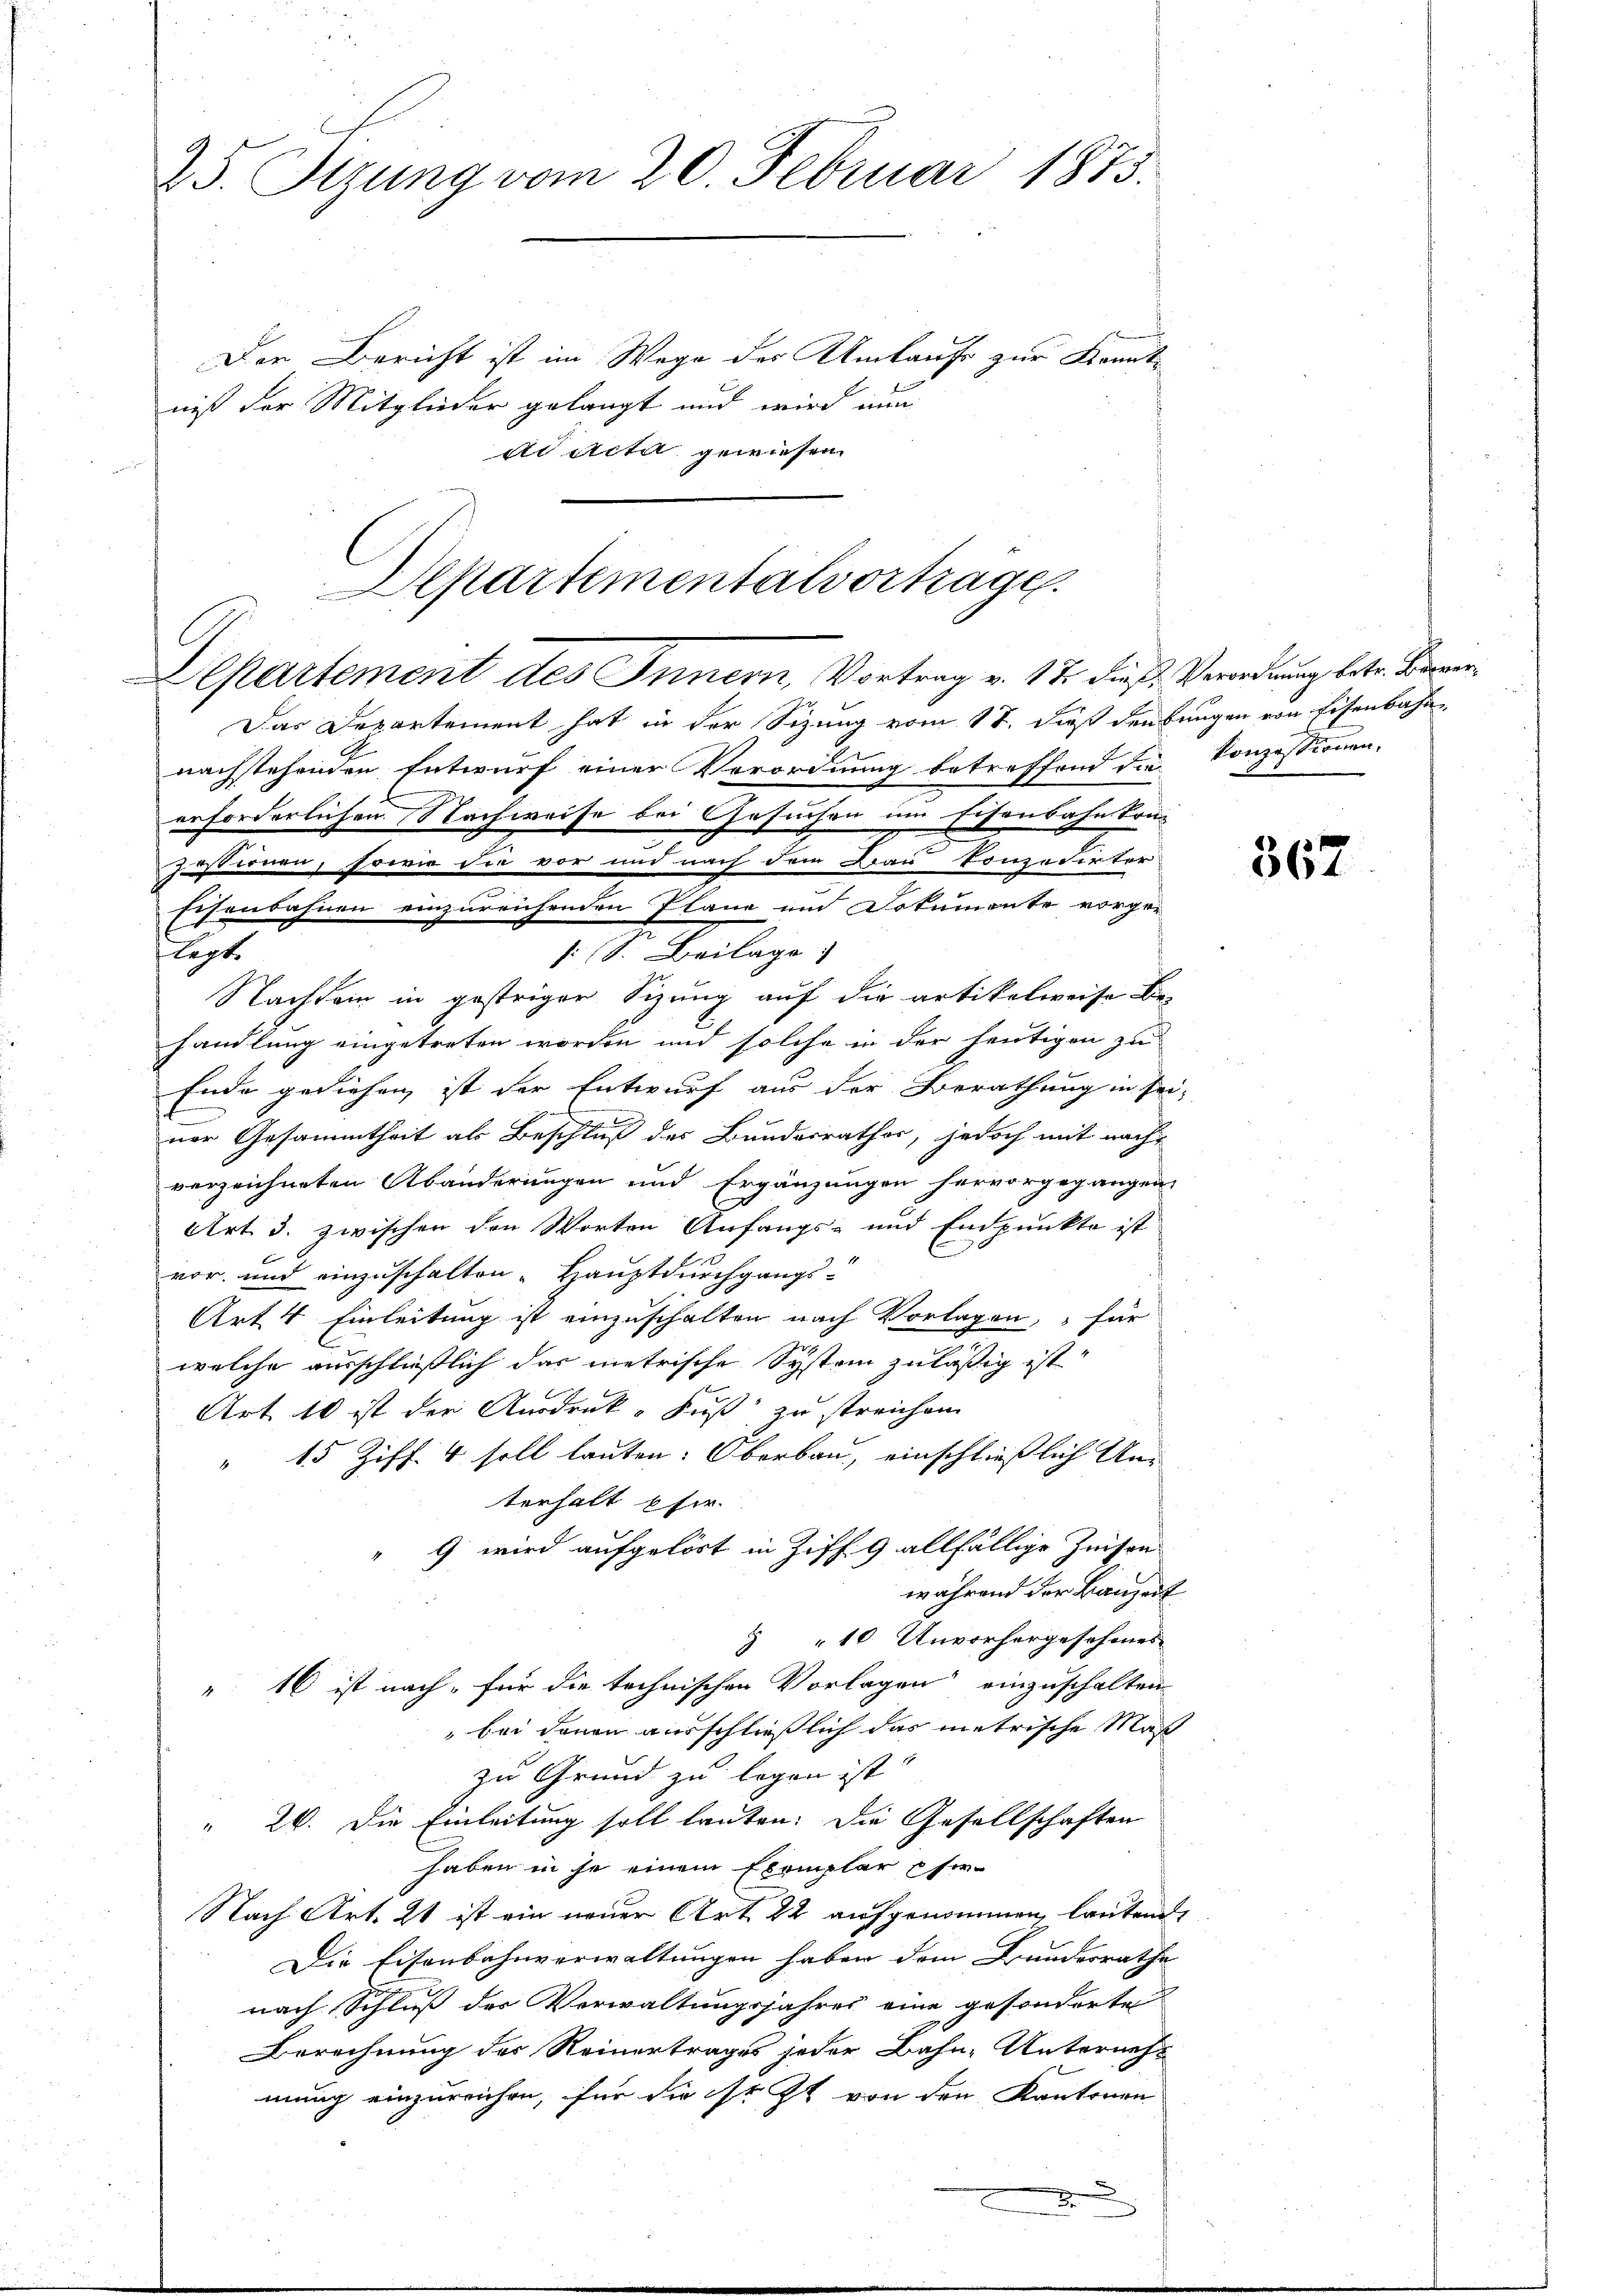
25. Sizung vom 20. Februar 1873.

Der Bericht ist im Wege des Umtaufe zur Kenntniß der Mitglieder gelangt und wird nun
ad Acta gewiesen.

Aepartementalvortrage
Departement des Innern, Vortrag v. 17. dieß, Verordnung betr. Berne

Das Departement hat in der Sizung vom 17. dieß den bungen von Eisenbahnnachstehenden Entwurf einer Verordnung betreffend die Konzessionen-
erforderlichen Nachweise bei Gesuchen um Eisenbahnkom
posternen, sowie die vor und nach dem Bau Conzedirter
Eisenbahnen einzureichenden Pläne und Dokumente vorger
flegt.
: S. Beilage
Nachdem in gestriger Sizung auf die artikelweise Behandlung eingetreten worden und solche in der heutigen zu
Ende gediehen ist der Entwurf aus der Berathung in sei-
ner Gesammtheit als Beschluß des Bundesrathes, jedoch mit nachverzeichneten Abänderungen und Ergänzungen hervorgegangen.
E
Art. 3. zwischen den Worten Anfangs- und Endpunkte ist
vor und einzuschalten. Hauptdurchgangs-
Art 4 Einleitung ist einzuschalten nach Vorlagen, für
welche ausschließlich das metrische System zulässig ist
Art. 10 ist der Ausdruck, Fuß zu streichen
" 15 Ziff. 4 soll lauten: Oberbau, einschließlich Unterhalt Efer
9 wird aufgelöst in Ziff. 9 allfällige Zeisen
während der Bausuf
 " 10 Unvorhergesehenes
16 ist nach für die technischen Vorlagen einzuschalten
d
" bei denen ausschließlich das metrische Maß
zu Grund zu legen ist.
" 26. Die Einleitung soll lauten. Die Gesellschaften
haben in je einem Exemplar user-
Nach Art. 21 ist ein neuer Art. 22 aufgenommen, lautende
Die Eisenbahnverwaltungen haben dem Bundesrathe
nach Schluß der Verwaltungsjahres eine gesonderte
Berechnung des Reinertrages jeder Bahn-Unternehmung einzureichen, für die sr. Zt. von den Kantonen

x

367